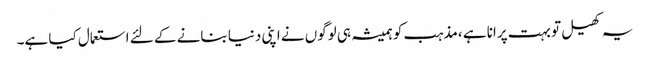
یہ کھیل تو بہت پرانا ہے ،مذہب کو ہمیشہ ہی لوگوں نے اپنی دنیا بنانے کے لئے استعمال کیا ہے۔